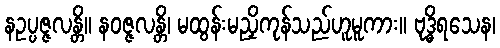
နဥပ္ပဇ္ဇလန္တိ။ နဝဇ္ဇလန္တိ၊ မထွန်းမညှိကုန်သည်ဟူမူကား။ ဗုဒ္ဓိရသေန၊